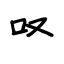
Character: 叹